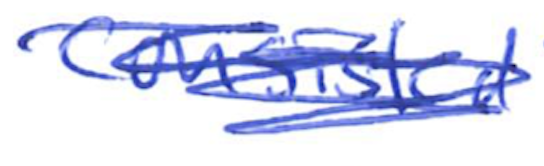
Text: consisted
Cross-out: mix
Writing tool: ballpoint